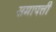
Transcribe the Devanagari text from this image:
समापत्ती